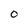
Character: O